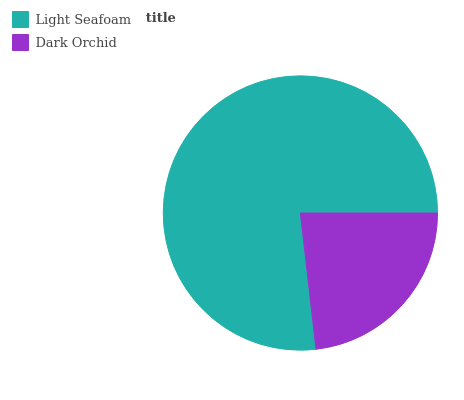
| Light Seafoam | Dark Orchid |
 | --- | --- |
 | 76.8% | 23.2% |